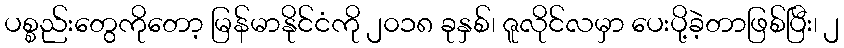
ပစ္စည်းတွေကိုတော့ မြန်မာနိုင်ငံကို ၂၀၁၈ ခုနှစ်၊ ဇူလိုင်လမှာ ပေးပို့ခဲ့တာဖြစ်ပြီး၊ ၂